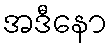
အဒီနော